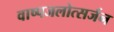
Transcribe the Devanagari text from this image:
वाष्पजलोत्सर्जन